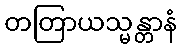
တတြာယသ္မန္တာနံ